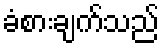
ခံစားချက်သည်